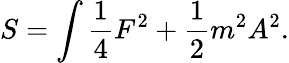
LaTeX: S=\int{\frac{1}{4}}F^{2}+{\frac{1}{2}}m^{2}A^{2}.